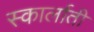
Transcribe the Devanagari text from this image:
स्कार्लाती